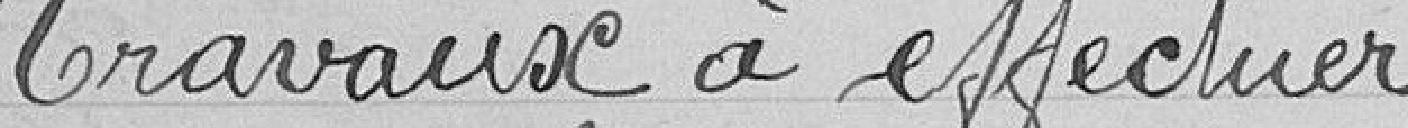
Travaux à effectuer